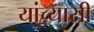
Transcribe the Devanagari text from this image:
यांच्यासी